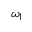
\omega _ { 1 }